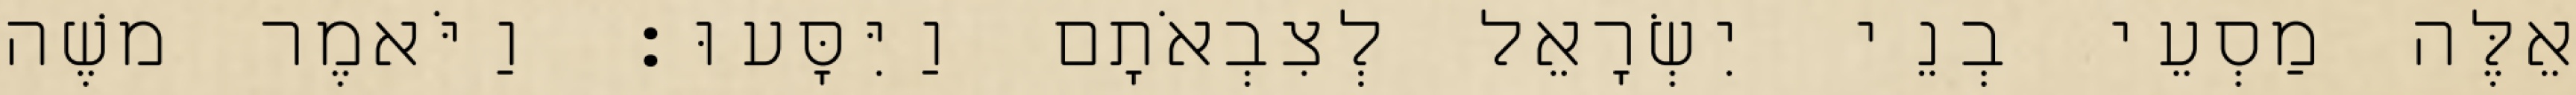
אֵלֶּה מַסְעֵי בְנֵי יִשְׂרָאֵל לְצִבְאֹתָם וַיִּסָּעוּ׃ וַיֹּאמֶר משֶׁה